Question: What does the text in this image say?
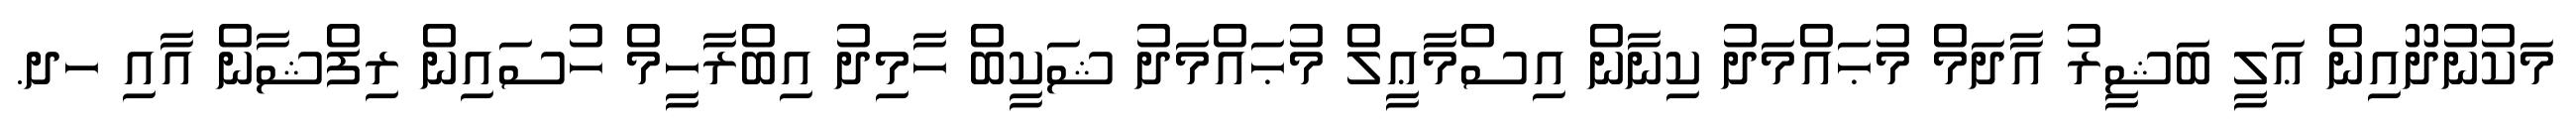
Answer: މަކުނުދޫއިން ޢަލީ ބަޝީރު އާދަމް މުޙައްމަދު ކިނާން އިސްމާޢީލް މުޙައްމަދު ޝަކީބް ހާމިދު އިބްރާހީމް ހުސައިން ރިފްޝާން އާއި ހދ.